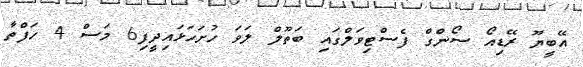
އޭބީޔޫ ރޭޑިއޯ ސޯންގް ފެސްޓިވަލްގައި ބަތޫލް ލަވަ ހުށަހަޅައިދީފި6 މަސް 4 ހަފްތާ